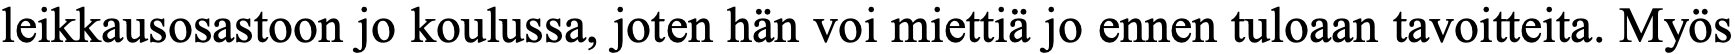
leikkausosastoon jo koulussa, joten hän voi miettiä jo ennen tuloaan tavoitteita. Myös